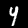
Digit: 4